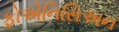
ફોએનિસિઅન